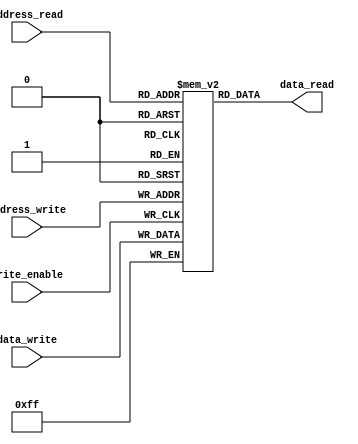
module dual_port_RAM (
  input wire [7:0] address_write,
  input wire [7:0] data_write,
  input wire write_enable,
  input wire [7:0] address_read,
  output reg [7:0] data_read
);

reg [7:0] memory [0:255];

always @(posedge write_enable)
begin
  memory[address_write] <= data_write;
end

assign data_read = memory[address_read];

endmodule